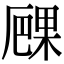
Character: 𠪧